Lunatic asylums Punjab 1895-1910 - 1895-1910
Year: 1895
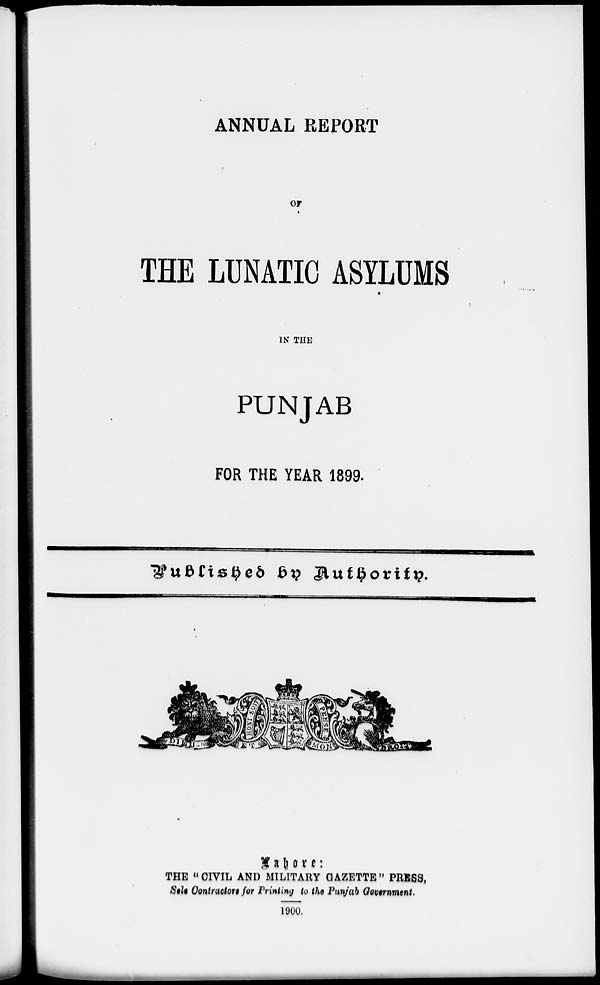
ANNUAL REPORT
OF
THE LUNATIC ASYLUMS
IN THE
PUNJAB
FOR THE YEAR 1899.
Published
by
Authority.
Lahore:
THE " CIVIL AND MILITARY GAZETTE" PRESS,
Sole Contractors for Printing to the Punjab Government.
1900.